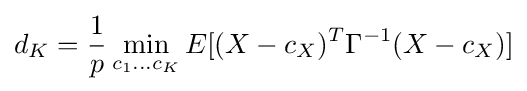
d_{K}={\frac {1}{p}}\min _{c_{1}\ldots c_{K}}{E[(X-c_{X})^{T}\Gamma ^{-1}(X-c_{X})]}